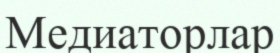
Медиаторлар